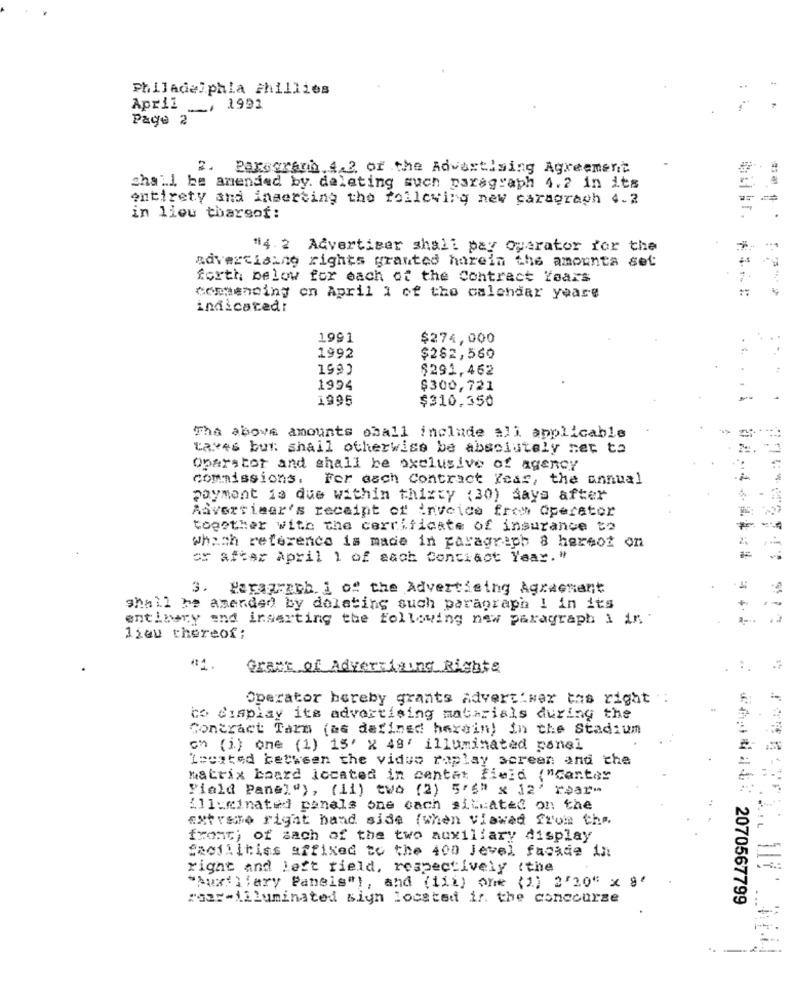
Philadelphia phillies
April __, 1991
Page 2
2. Paragraph.4.2. of the Advertising Agreement
shall be amended by. deleting such paragraph 4.2 in its
entirety sha inserting the following new carsgraph 4.2
in lieu tharsof:
"4. 2 Advertiser shall pay Operator for the
advertising rights granted harein the amounta set
forth below for each of the Contract Years
.. :
contending en April 1 of the calendar yeare
indicated:
1991
$274,000
1992
$282,560
199)
$291,462
1994
$300,721
1995
$310,350
The above amounts oball include ali applicable
taxes but shall otherwise be absolutely net ta
Operator and shall be exclusive of agency
commissions.
For each Contract Year, the annual
payment is due within thisty (30) days after
Aavertieer's receipt of invoice from Operator
together with the cerrificate of insurance to
which reference is made in paragraph 8 hereof on
or after April 1 of each Conciact Year. "
3. Paragraph i of the Advertising Agreement
shall be amended by delating such paragraph 1 in its
entibery end inserting the following new paragraph i in
lieu thereof;
Grant of Advertising Richte
Operator hereby grants Advert:wer tas right :
to display its advertising materials during the
Contract Tarm (as defined herein) in the Stadium
cn (1) one (1) 15' x 48' illuminated panel
Located between the vidue raplay screen and the
matrix baard located in centat field ("Cantos
Piald Panel"), (ii) two (2) 5'6" x 12' raar"
Allucinated panels one cach situated on the
extrato right hand side (when viawed from the.
front; of each of the two auxiliary display
facilities affixed to the 400 Jevel facade in
right and left field, respectively (the
"Auxillary Panels"), and (iii) one (1) 2'20" x "
roar -illuminated siyn located ir. the conccurze
***** 2070567799